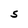
Character: S